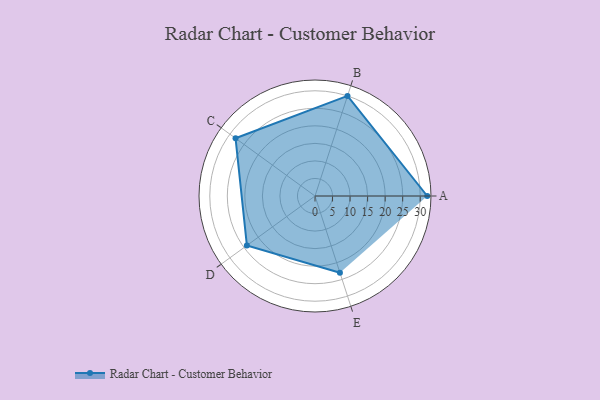
{"axis": {"x": "Skill", "y": "Score"}, "legend": ["Profile"], "data": [{"x": "A", "y": 32.0, "type": "Profile"}, {"x": "B", "y": 30.0, "type": "Profile"}, {"x": "C", "y": 28.0, "type": "Profile"}, {"x": "D", "y": 24.0, "type": "Profile"}, {"x": "E", "y": 23.0, "type": "Profile"}]}